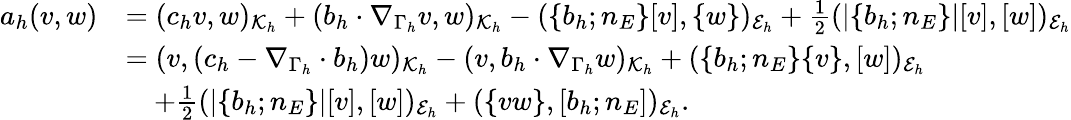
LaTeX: \begin{array}{rl}{a_{h}(v,w)}&{=(c_{h}v,w)_{\mathcal{K}_{h}}+(b_{h}\cdot\nabla_{\Gamma_{h}}v,w)_{\mathcal{K}_{h}}-(\{ b_{h};n_{E}\} [v],\{ w\} )_{\mathcal{E}_{h}}+\frac{1}{2}(|\{ b_{h};n_{E}\} |[v],[w])_{\mathcal{E}_{h}}}\\ &{=(v,(c_{h}-\nabla_{\Gamma_{h}}\cdot b_{h})w)_{\mathcal{K}_{h}}-(v,b_{h}\cdot\nabla_{\Gamma_{h}}w)_{\mathcal{K}_{h}}+(\{ b_{h};n_{E}\} \{ v\} ,[w])_{\mathcal{E}_{h}}}\\ &{\quad+\frac{1}{2}(|\{ b_{h};n_{E}\} |[v],[w])_{\mathcal{E}_{h}}+(\{ vw\} ,[b_{h};n_{E}])_{\mathcal{E}_{h}}.}\end{array}